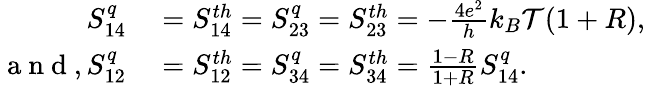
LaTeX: \begin{array}{rl}{S_{14}^{q}}&{{}={S_{14}^{th}}=S_{23}^{q}={S_{23}^{th}}=-\frac{4e^{2}}{h}k_{B}\mathcal{T}(1+R),}\\ {\mathrm{~a~n~d~},S_{12}^{q}}&{{}={S_{12}^{th}}=S_{34}^{q}={S_{34}^{th}}=\frac{1-R}{1+R}S_{14}^{q}.}\end{array}